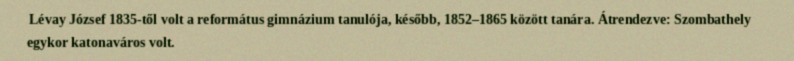
Lévay József 1835-től volt a református gimnázium tanulója, később, 1852–1865 között tanára. Átrendezve: Szombathely egykor katonaváros volt.